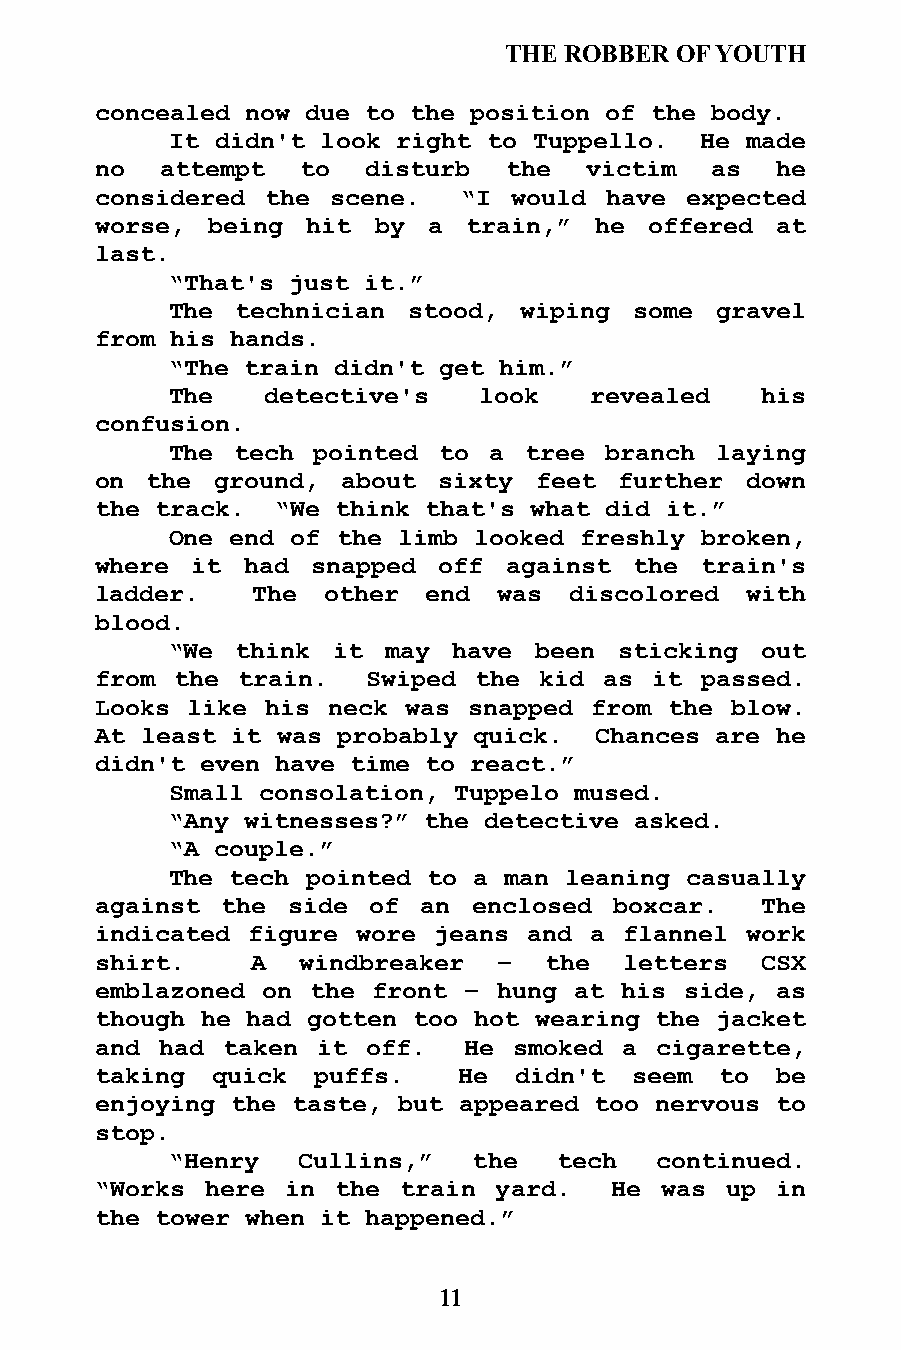
THE ROBBER  OF YOUTH
 concealed now due to the position of the body.
 It didn't look right to Tuppello.  He made
 no   attempt  to  disturb  the   victim  as  he
 considered  the scene.  “I  would have expected
 worse,  being hit  by a  train,” he  offered at
 last.
 “That's just it.”
 The  technician stood, wiping  some gravel
 from his hands.
 “The train didn't get him.”
 The   detective's    look   revealed   his
 confusion.
 The tech  pointed to a  tree branch laying
 on  the ground,  about sixty feet  further down
 the track.  “We think that's what did it.”
 One end of the limb looked freshly broken,
 where  it had  snapped off  against the train's
 ladder.    The other  end  was  discolored with
 blood.
 “We  think it  may have been  sticking out
 from the  train.  Swiped the  kid as it passed.
 Looks like  his neck was snapped from the blow.
 At least it was probably quick.  Chances are he
 didn't even have time to react.”
 Small consolation, Tuppelo mused.
 “Any witnesses?” the detective asked.
 “A couple.”
 The tech pointed to a man leaning casually
 against  the side of  an enclosed  boxcar.  The
 indicated figure  wore jeans and a flannel work
 shirt.     A  windbreaker  –  the  letters  CSX
 emblazoned on the  front – hung at his side, as
 though he had gotten too hot wearing the jacket
 and  had taken it off.   He smoked a cigarette,
 taking  quick  puffs.   He  didn't  seem  to be
 enjoying the taste, but appeared too nervous to
 stop.
 “Henry   Cullins,”  the   tech  continued.
 “Works  here in the train  yard.  He  was up in
 the tower when it happened.”
 11